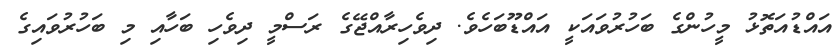
އައްޑުއަތޮޅު މީހުންގެ ބަހުރުވައަކީ އައްޑޫބަހެވެ. ދިވެހިރާއްޖޭގެ ރަސްމީ ދިވެހި ބަހާއި މި ބަހުރުވައިގެ